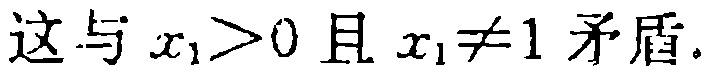
这与 \(x_{1}>0\) 且 \(x_{1}\neq1\) 矛盾.